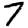
Digit: 7